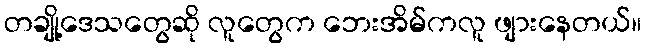
တချို့ဒေသတွေဆို လူတွေက ဘေးအိမ်ကလူ ဖျားနေတယ်။